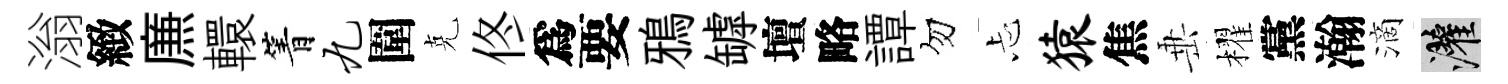
滃緻㢘轘箐九圍克佟爲要鴉罅壇略譚勿忐猿焦𡸁櫂黨瀚滴灌